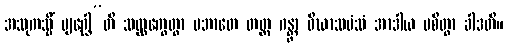
အသုကသ္မိံ ဗျဂ္ဃေါ”တိ သလ္လက္ခေတွာ ပဘာတေ တတ္ထ ဂန္တွာ ဝိဃာသမံသံ အာဒါယ ပစိတွာ ခါဒတိ။